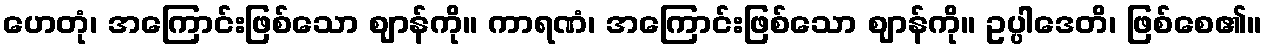
ဟေတုံ၊ အကြောင်းဖြစ်သော ဈာန်ကို။ ကာရဏံ၊ အကြောင်းဖြစ်သော ဈာန်ကို။ ဥပ္ပါဒေတိ၊ ဖြစ်စေ၏။